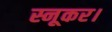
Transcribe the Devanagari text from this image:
स्नूकर।